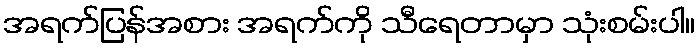
အရက်ပြန်အစား အရက်ကို သီရေတာမှာ သုံးစမ်းပါ။